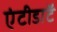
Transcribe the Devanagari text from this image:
एंटीडाॅट